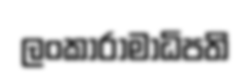
ලංකාරාමාධිපති